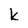
Character: k